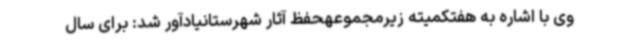
وی با اشاره به هفتکمیته زیرمجموعهحفظ آثار شهرستانیادآور شد: برای سال